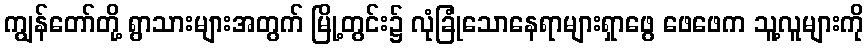
ကျွန်တော်တို့ ရွာသားများအတွက် မြို့တွင်း၌ လုံခြုံသောနေရာများရှာဖွေ ဖေဖေက သူ့လူများကို